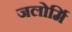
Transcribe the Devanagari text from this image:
जलोर्मि